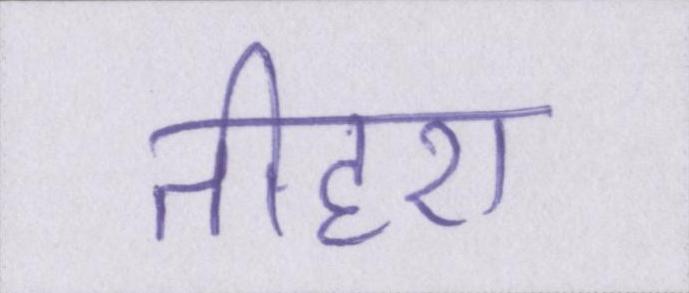
तीहरा